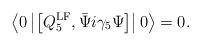
LaTeX: \begin{align*}\left\langle 0 \left\vert \left[ Q_5^{\rm LF}, \bar\Psi i\gamma_5 \Psi \right] \right\vert 0 \right\rangle =0.\end{align*}